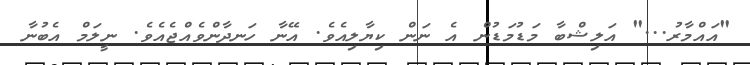
"އައްމާރު..." އަލިޝްބާ މަޑުމަޑުން އެ ނަން ކިޔާލިއެވެ. އޭނާ ހަނދާންވެއްޖެއެވެ. ނީލަމް އެބުނާ